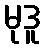
မုဒူ